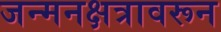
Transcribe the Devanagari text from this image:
जन्मनक्षत्रावरून